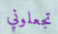
تجعلوني